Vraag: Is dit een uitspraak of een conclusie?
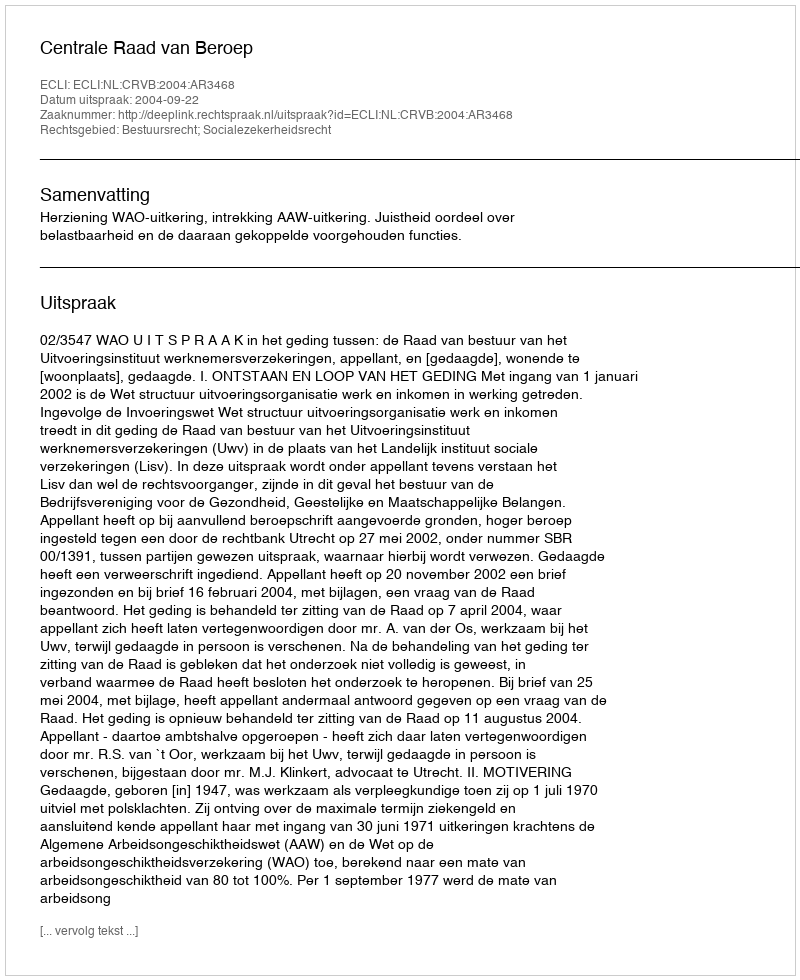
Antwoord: Uitspraak